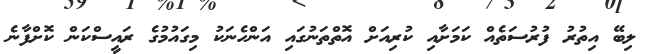
ލިބޭ އިތުރު ފުރުސަތެއް ކަމަށާއި ކުރިއަށް އޮތްތަނުގައި އަންހެނަކު މިގައުމުގެ ރައީސްކަން ކޮށްފާނެ